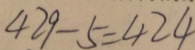
4 2 9 - 5 = 4 2 4